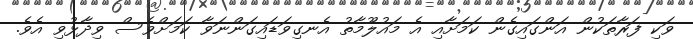
ވަކި ފަރާތަކުން އަންގައިގެން ކަމަށާއި އެ މައުލޫމާތު އެނގިވަޑައިގަންނަވާ ކަމަށްވެސް ވިދާޅުވި އެވެ.